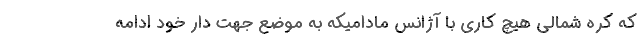
که کره شمالی هیچ کاری با آژانس مادامیکه به موضع جهت دار خود ادامه